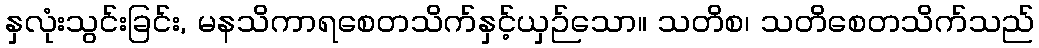
နှလုံးသွင်းခြင်း, မနသိကာရစေတသိက်နှင့်ယှဉ်သော။ သတိစ၊ သတိစေတသိက်သည်